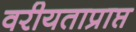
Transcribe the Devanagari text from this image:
वरीयताप्राप्त